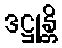
ဒဋ္ဌုန္တိ